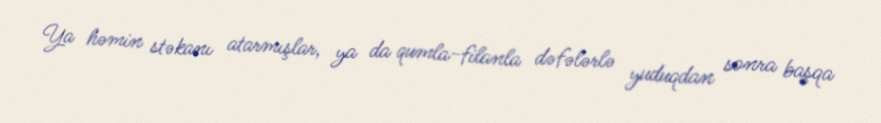
Ya həmin stəkanı atarmışlar, ya da qumla-filanla dəfələrlə yuduqdan sonra başqa